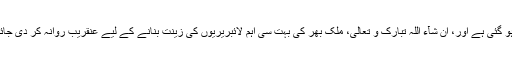
مکمّل ہو گئی ہے اور، ان شآء اللہ تبارک و تعالٰی، ملک بھر کی بہت سی اہم لائبریریوں کی زینت بنانے کے لیے عنقریب روانہ کر دی جائے گی۔